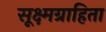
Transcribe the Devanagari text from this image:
सूक्ष्मग्राहिता